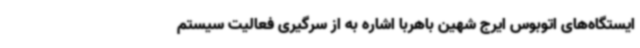
ایستگاه‌های اتوبوس ایرج شهین باهربا اشاره به از سرگیری فعالیت سیستم